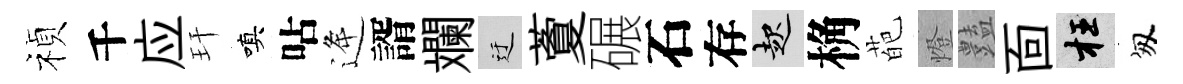
禎千应玕嗔呫逄諝斕迂藑碾石存起桷葩燈𧰟靣枉匆